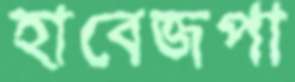
হাবেজপা